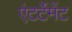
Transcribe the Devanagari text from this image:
एंटर्टेमेंट